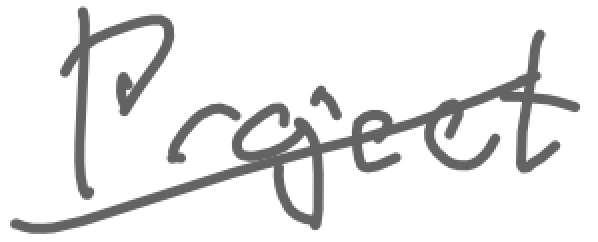
Text: Project
Cross-out: diagonal
Writing tool: digital_gray